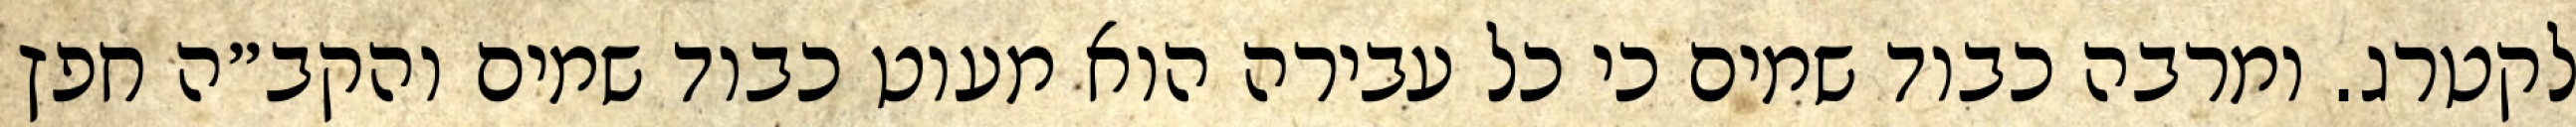
לקטרג. ומרבה כבוד שמים כי כל עבירה הוא מעוט כבוד שמים והקב״ה חפץ